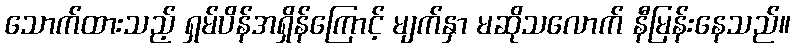
သောက်ထားသည့် ရှမ်ပိန်အရှိန်ကြောင့် မျက်နှာ မဆိုသလောက် နီမြန်းနေသည်။